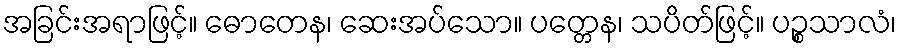
အခြင်းအရာဖြင့်။ ဓောတေန၊ ဆေးအပ်သော။ ပတ္တေန၊ သပိတ်ဖြင့်။ ပဉ္စသာလံ၊